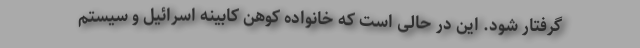
گرفتار شود. این در حالی است که خانواده کوهن کابینه اسرائیل و سیستم